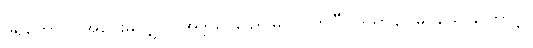
ဒူရတောဝ၊ အဝေးမှလျှင်။ အဒ္ဒသာခေါ၊ မြင်လတ်ပြီ။ ဒိသွာန၊ မြင်သောကြောင့်။